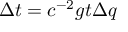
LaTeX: \Delta t = c ^ { - 2 } g t \Delta q